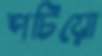
পচিয়ো